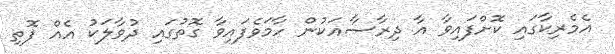
އެމެރިކާގައި ކޮށްފައިވާ އާ ދިރާސާއަކުން ހާމަވެފައިވާ ގޮތުގައި ދުވާލަކު އެއް ފޮތި